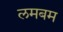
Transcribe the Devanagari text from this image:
लमबम